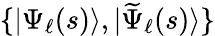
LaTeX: \{ |\Psi_{\ell}(s)\rangle,|\widetilde{\Psi}_{\ell}(s)\rangle\}